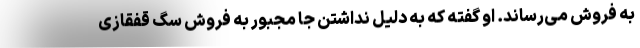
به فروش می‌رساند. او گفته که به دلیل نداشتن جا مجبور به فروش سگ قفقازی